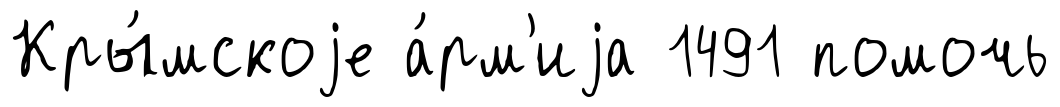
Кры́мскоjе а́рм'иjа 1491 помочь